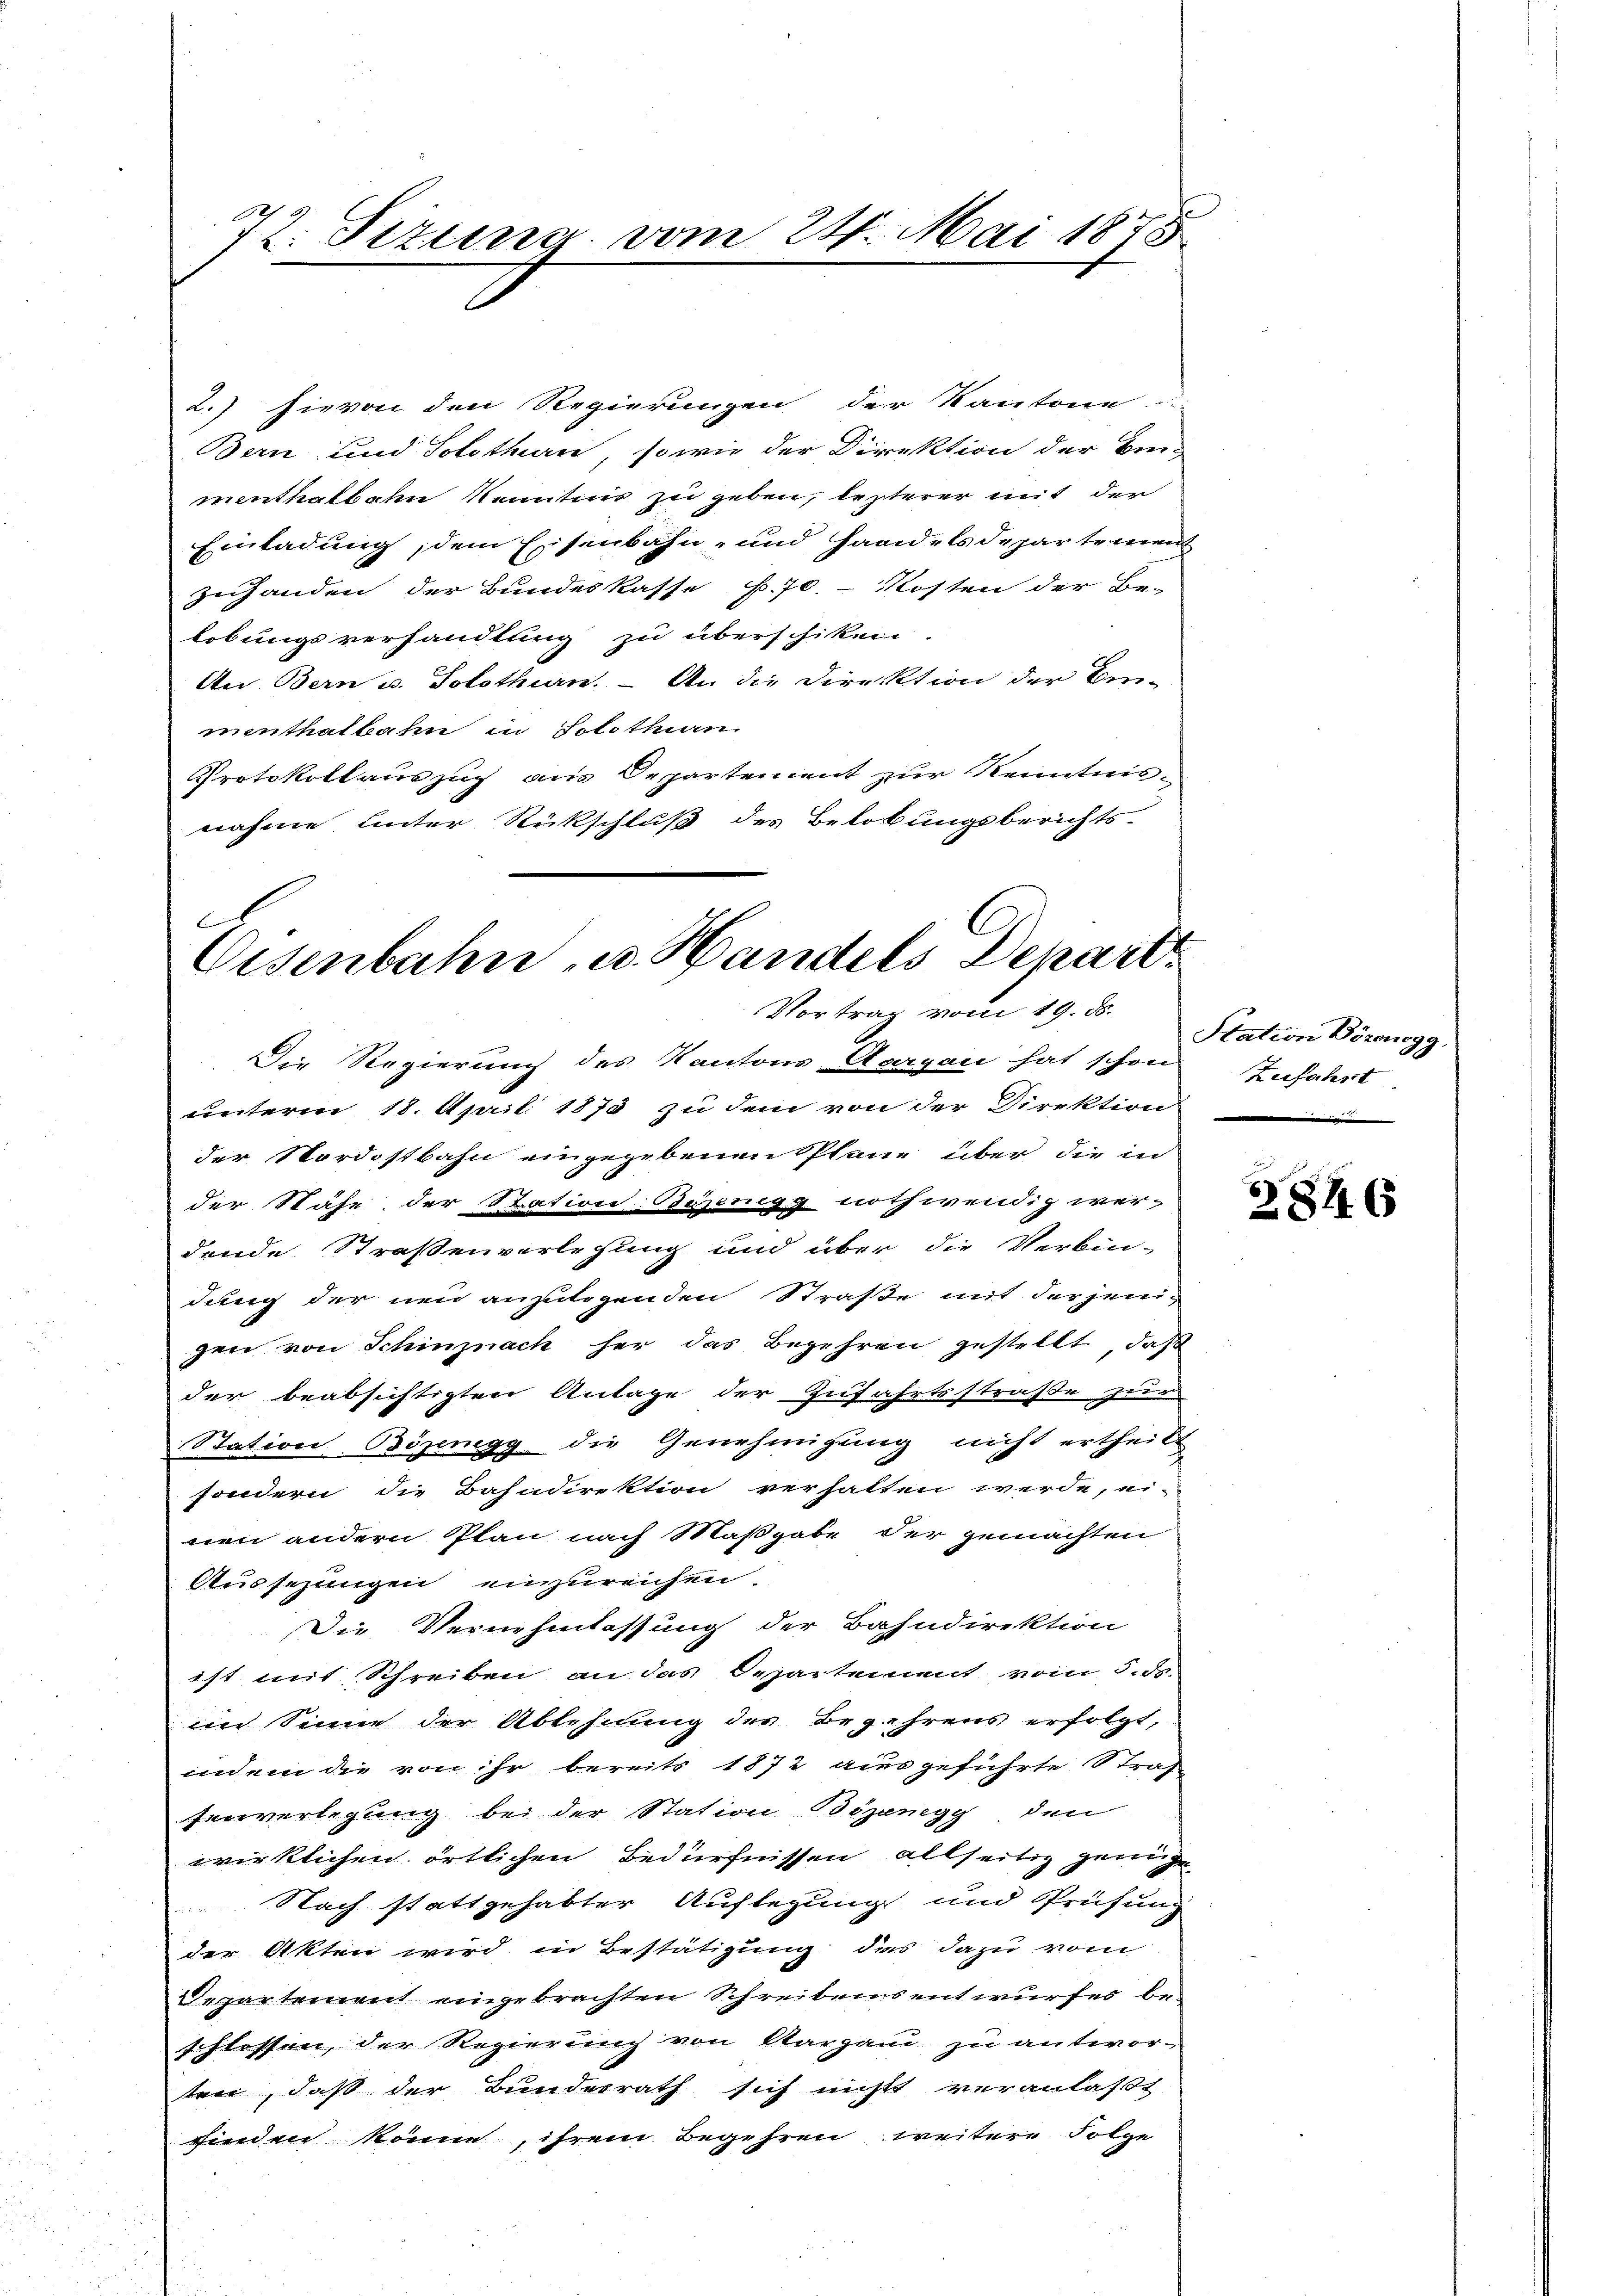
72. Sizung vom 24. Mai 1878

2.) Hievon den Regierungen der Kantone
Bern und Solothurn, sowie der Direktion der Brei-
menthalbahn Kenntnis zu geben, lezterer mit der
Einladung, dem Eisenbahn- und Handels departement
zuhanden der Bundeskasse f. 70. Kosten der Be-
lobungsverhandlung zu überschiken.
An Bern u. Solothurn. – An die Direktion der Einmenthalbahn in Solothurn.
Protokoll auszug aus Departement zur Kenntnisnahme unter Rückschluß des Belobungsberichts-

A
C
Eisenbahn u. Handels Depart
Vortrag vom 19. ds.
Die Regierung des Kantons Aargau hat schon Zufahrt.

unterm 18. April 1873 zu dem von der Direktion
der Nordostbahn eingegebenen Plane über die in
der Stähe der Station: Byzenegg nothwendig wer-
dende Straßenverlegung und über die Verbin-
dung der neu anzulegenden Straße mit derjenigen von Schinznach her das Begehren gestellt, daß
der beabsichtigten Antage der Zufahrtsstraße zu
Station Bözenegg die Genehmigung nicht ertheilt
sondern die Bahndirektion verhalten werde, ei-
nen andern Plan nach Maßgabe der gemachten
Aussezungen einzureichen.
Die Vernehmlassung der Bahndirektion
ist mit Schreiben an das Departement vom 5. ds.
un Sinne der Ablehnung des Begehrens erfolgt,
indem die von ihr bereits 1872 ausgeführte Straß
Einverlegung bei der Station Bözenegg den
wirklichen örtlichen Bedürfnissen allseitig genüg
Nach stattgehabter Auflegung und Prüfung
der Akten wird in Bestätigung das dazu vom
epartement eingebrachten Schreibens entwurfes beschlossen, der Regierung von Stargan zu antwortre, daß der Bundesrath sich nicht veranlaßt
finden könne, ihrem Begehren weitere Folge

Station Bözenegg,

2846